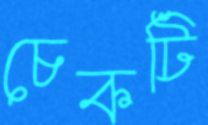
চেকটি